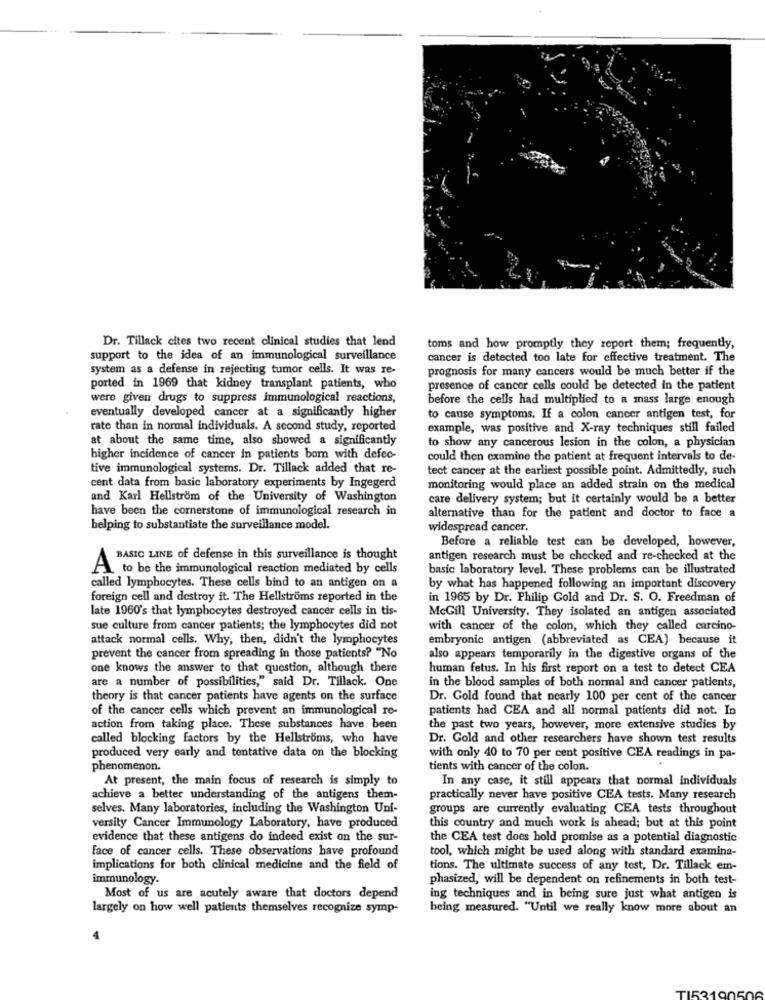
Dr. Tillack cites two recent clinical studies that lend
toms and how promptly they report them; frequently,
support to the idea of an immunological surveillance
cancer is detected too late for effective treatment. The
system as a defense in rejecting tumor cells. It was re-
prognosis for many cancers would be much better if the
ported in 1969 that kidney transplant patients, who
presence of cancer cells could be detected in the patient
were given drugs to suppress immunological reactions,
before the cells had multiplied to a mass large enough
eventually developed cancer at a significantly higher
to cause symptoms. If a colon cancer antigen test, for
rate than in normal individuals. A second study, reported
example, was positive and X-ray techniques still failed
at about the same time, also showed a significantly
to show any cancerous lesion in the colon, a physician
higher incidence of cancer in patients bom with defec-
could then examine the patient at frequent intervals to de-
tive immunological systems. Dr. Tillack added that re-
tect cancer at the earliest possible point. Admittedly, such
cent data from basic laboratory experiments by Ingegerd
monitoring would place an added strain on the medical
and Karl Hellstrom of the University of Washington
care delivery system; but it certainly would be a better
have been the cornerstone of immunological research in
alternative than for the patient and doctor to face a
helping to substantiate the surveillance model.
widespread cancer.
Before a reliable test can be developed, however,
BASIC LINE of defense in this surveillance is thought
antigen research must be checked and re-checked at the
Ato be the immunological reaction mediated by cells
basic laboratory level. These problems can be illustrated
called lymphocytes. These cells bind to an antigen on a
by what has happened following an important discovery
foreign cell and destroy it. The Hellstroms reported in the
in 1965 by Dr. Philip Gold and Dr. S. O. Freedman of
late 1960's that lymphocytes destroyed cancer cells in tis-
McGill University. They isolated an antigen associated
sue culture from cancer patients; the lymphocytes did not
with cancer of the colon, which they called carcino-
attack normal cells. Why, then, didn't the lymphocytes
embryonic antigen (abbreviated as CEA) because it
prevent the cancer from spreading in those patients? "No
also appears temporarily in the digestive organs of the
one knows the answer to that question, although there
human fetus. In his first report on a test to detect CEA
are a number of possibilities," said Dr. Tillack. One
in the blood samples of both normal and cancer patients,
theory is that cancer patients have agents on the surface
Dr. Gold found that nearly 100 per cent of the cancer
of the cancer cells which prevent an immunological re-
patients had CEA and all normal patients did not. In
action from taking place. These substances have been
the past two years, however, more extensive studies by
called blocking factors by the Hellstroms, who have
Dr. Gold and other researchers have shown test results
produced very early and tentative data on the blocking
with only 40 to 70 per cent positive CEA readings in pa-
phenomenon.
tients with cancer of the colon.
At present, the main focus of research is simply to
In any case, it still appears that normal individuals
achieve a better understanding of the antigens them-
practically never have positive CEA tests. Many research
selves. Many laboratories, including the Washington Uni-
groups are currently evaluating CEA tests throughout
versity Cancer Immunology Laboratory, have produced
this country and much work is ahead; but at this point
evidence that these antigens do indeed exist on the sur-
the CEA test does hold promise as a potential diagnostic
face of cancer cells. These observations have profound
tool, which might be used along with standard examina-
implications for both clinical medicine and the field of
tions. The ultimate success of any test, Dr. Tillack em-
immunology.
phasized, will be dependent on refinements in both test-
Most of us are acutely aware that doctors depend
ing techniques and in being sure just what antigen is
largely on how well patients themselves recognize symp-
being measured. "Until we really know more about an